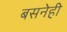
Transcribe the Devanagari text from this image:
बसनेही